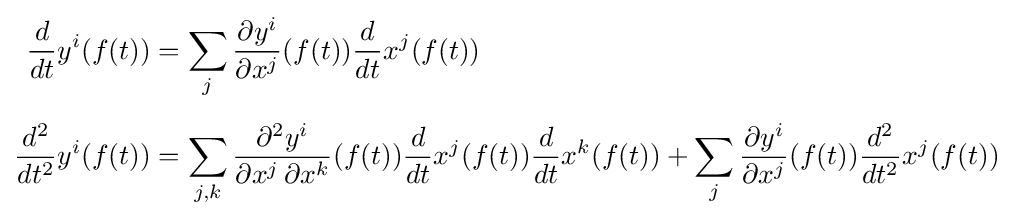
{\begin{aligned}{\frac {d}{dt}}y^{i}(f(t))&=\sum _{j}{\frac {\partial y^{i}}{\partial x^{j}}}(f(t)){\frac {d}{dt}}x^{j}(f(t))\\[5pt]{\frac {d^{2}}{dt^{2}}}y^{i}(f(t))&=\sum _{j,k}{\frac {\partial ^{2}y^{i}}{\partial x^{j}\,\partial x^{k}}}(f(t)){\frac {d}{dt}}x^{j}(f(t)){\frac {d}{dt}}x^{k}(f(t))+\sum _{j}{\frac {\partial y^{i}}{\partial x^{j}}}(f(t)){\frac {d^{2}}{dt^{2}}}x^{j}(f(t))\end{aligned}}